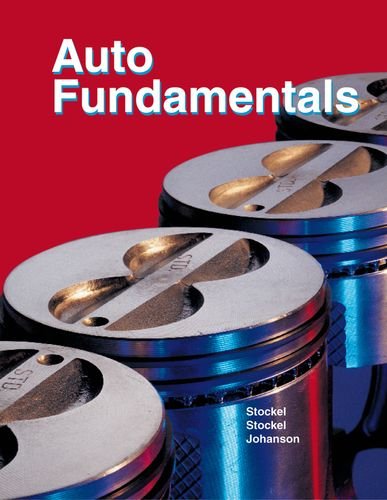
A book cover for Auto Fundamentals; Martin W. Stockel; Engineering & Transportation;